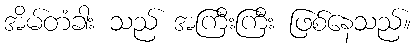
အိမ်တံခါး သည် အကြီးကြီး ဖြစ်နေသည်။